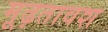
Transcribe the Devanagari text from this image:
मूढ़तावश